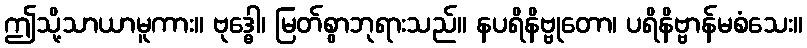
ဤသို့သာယာမူကား။ ဗုဒ္ဓေါ၊ မြတ်စွာဘုရားသည်။ နပရိနိဗ္ဗုတော၊ ပရိနိဗ္ဗာန်မစံသေး။